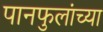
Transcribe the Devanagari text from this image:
पानफुलांच्या